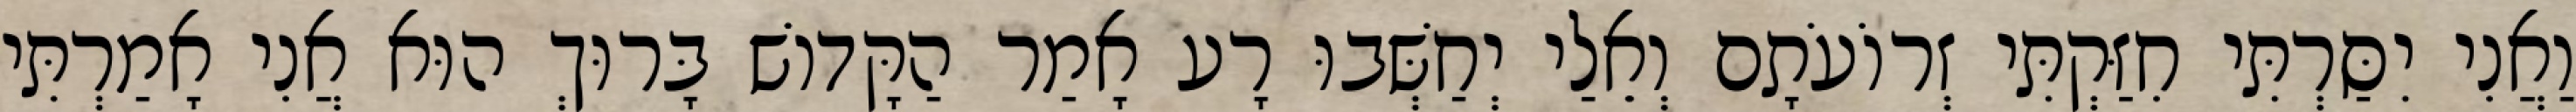
וַאֲנִי יִסַּרְתִּי חִזַּקְתִּי זְרוֹעֹתָם וְאֵלַי יְחַשְּׁבוּ רָע אָמַר הַקָּדוֹשׁ בָּרוּךְ הוּא אֲנִי אָמַרְתִּי